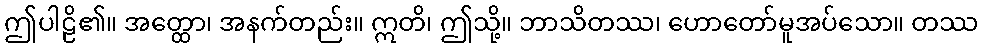
ဤပါဠိ၏။ အတ္ထော၊ အနက်တည်း။ ဣတိ၊ ဤသို့။ ဘာသိတဿ၊ ဟောတော်မူအပ်သော။ တဿ